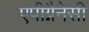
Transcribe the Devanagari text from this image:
एपीग्नैनेसी